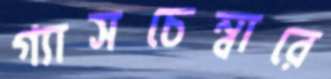
গ্যাসচেম্বারে